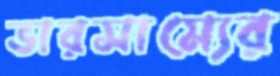
ভারসাম্যের